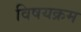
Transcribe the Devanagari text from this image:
विषयक्रम